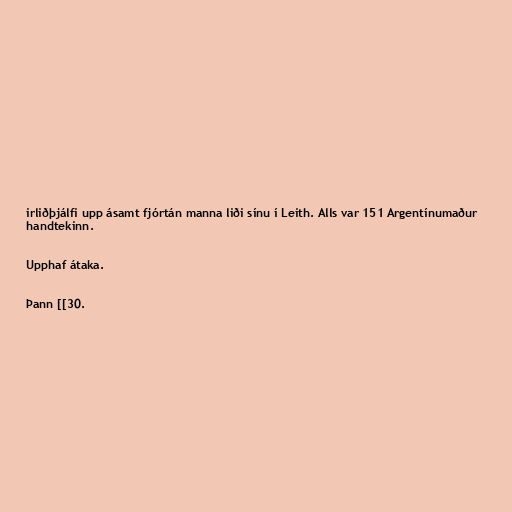
irliðþjálfi upp ásamt fjórtán manna liði sínu í Leith. Alls var 151 Argentínumaður
handtekinn.

Upphaf átaka.

Þann [[30.